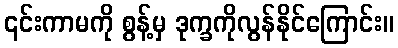
၎င်းကာမကို စွန့်မှ ဒုက္ခကိုလွန်နိုင်ကြောင်း။